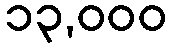
၁၃,၀၀၀